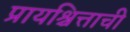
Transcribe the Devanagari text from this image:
प्रायश्चित्ताची